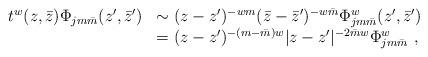
LaTeX: \begin{align*}\begin{array}{cl}t^w(z,\bar z)\Phi_{jm\bar{m}}(z',\bar z')&\sim(z-z')^{-wm}(\bar z-\bar z')^{-w\bar m}\Phi_{jm\bar{m}}^w(z',\bar z')\\&=(z-z')^{-(m-\bar m)w}|z-z'|^{-2\bar m w}\Phi_{jm\bar{m}}^w~,\end{array} \end{align*}